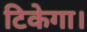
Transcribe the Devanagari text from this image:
टिकेगा।